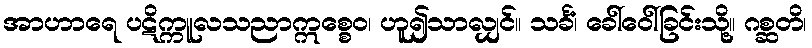
အာဟာရေ ပဋိက္ကူလသညာဣစ္စေဝ၊ ဟူ၍သာလျှင်။ သင်္ခံ၊ ခေါ်ဝေါ်ခြင်းသို့။ ဂစ္ဆတိ၊